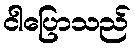
ငါပြောသည်